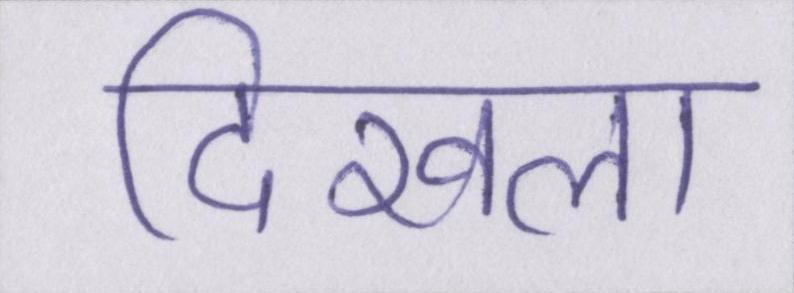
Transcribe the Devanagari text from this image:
दिखला